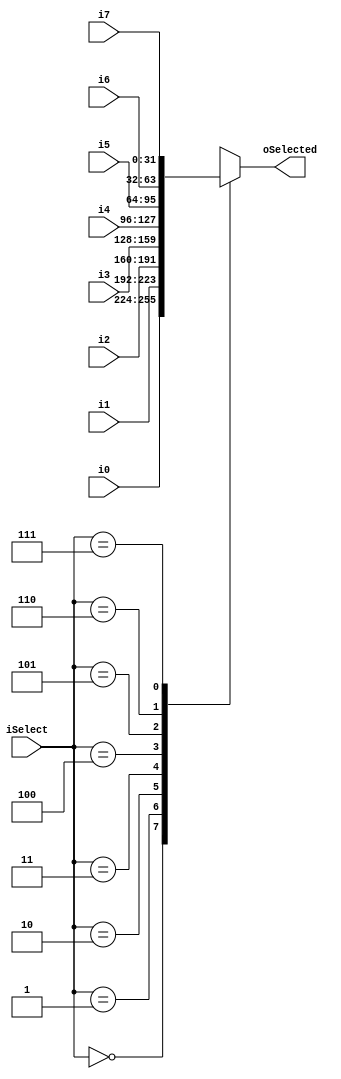
module Mult8to1 (i0, i1, i2, i3, i4, i5, i6, i7, iSelect, oSelected);

/* I/O type definition */
input wire [31:0] i0, i1, i2, i3, i4, i5, i6, i7;
input wire [2:0] iSelect;
output reg [31:0] oSelected;

/* Output selection */
always @(i0 or i1 or i2 or i3 or i4 or i5 or i6 or i7 or iSelect)
begin
	case (iSelect)
		3'b000:	oSelected <= i0;
		3'b001:	oSelected <= i1;
		3'b010:	oSelected <= i2;
		3'b011:	oSelected <= i3;
		3'b100:	oSelected <= i4;
		3'b101:	oSelected <= i5;
		3'b110:	oSelected <= i6;
		3'b111:	oSelected <= i7;
	endcase
end

endmodule